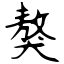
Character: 獒